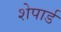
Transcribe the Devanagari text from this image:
शेपार्ड